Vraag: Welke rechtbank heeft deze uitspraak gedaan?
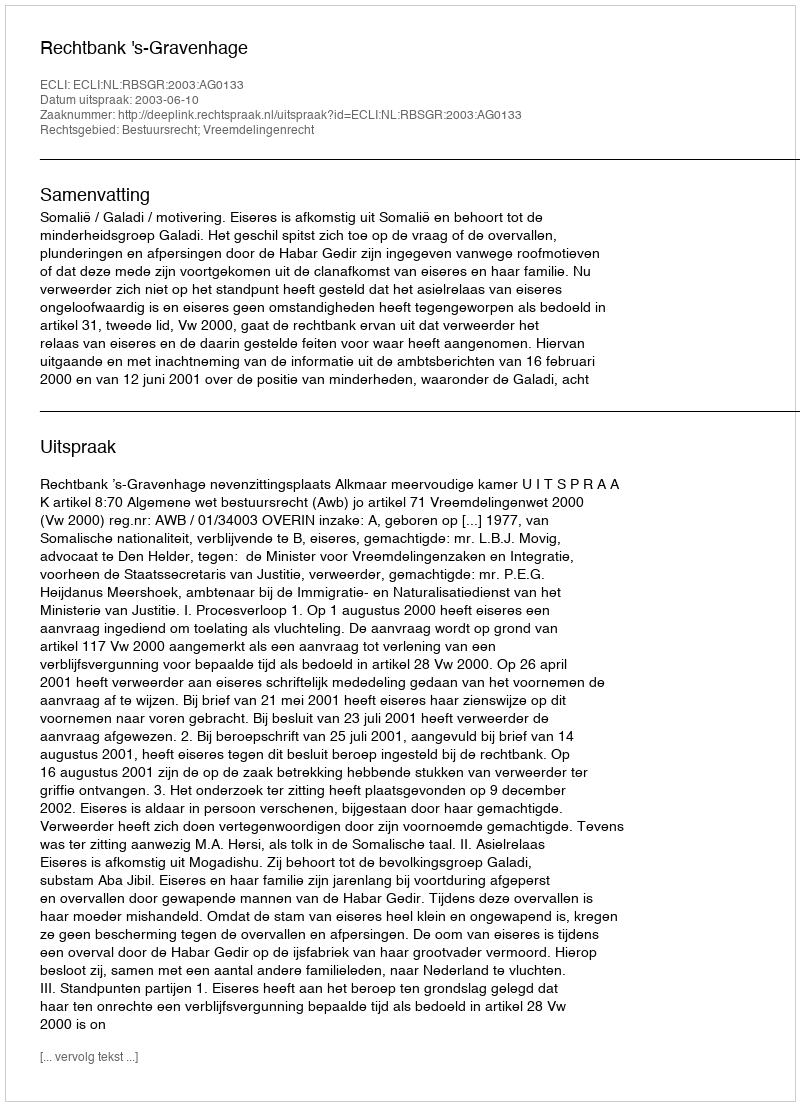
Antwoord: Rechtbank 's-Gravenhage